Report on the bubonic plague in Bombay, 1896-1897
Year: 1896
Disease focus: Plague
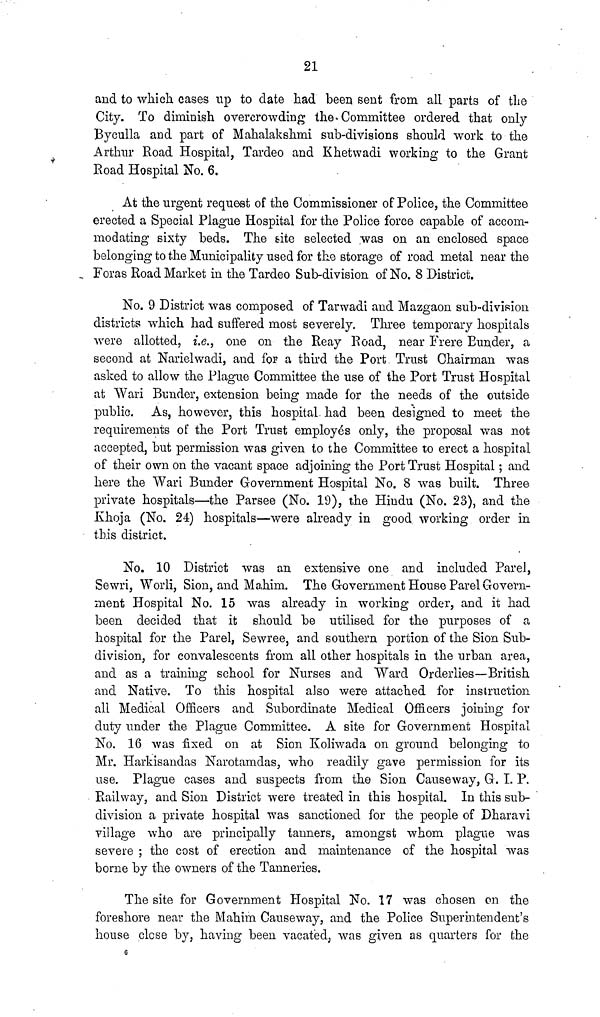
21
and to which cases tip to date had been sent from all parts of the
City. To diminish overcrowding the. Committee ordered that only
Byculla and part of Mahalakshmi snb-divisions should work to the
Arthur Road Hospital, Tardeo and Khetwadi working to the Grant
Road Hospital No. 6.
At the urgent request of the Commissioner of Police, the Committee
erected a Special Plague Hospital for the Police force capable of accom-
modating sixty beds. The site selected was on an enclosed space
belonging to the Municipality used for the storage of road metal near the
Foras Road Market in the Tardeo Sub-division of No. 8 District.
No. 9 District was composed of Tarwadi and Mazgaon sub-division
districts which had suffered most severely. Three temporary hospitals
were allotted, i.e., one on the Reay Road, near Frere Bunder, a
second at Narielwadi, and for a third the Port Trust Chairman was
asked to allow the Plague Committee the use of the Port Trust Hospital
at Wari Bunder, extension being made for the needs of the outside
public. As, however, this hospital had been designed to meet the
requirements of the Port Trust employes only, the proposal was not
accepted, but permission was given to the Committee to erect a hospital
of their own on the vacant space adjoining the Port Trust Hospital; and
here the Wari Bunder Government Hospital No. 8 was built. Three
private hospitals—the Parsee (No. 19), the Hindu (No. 23), and the
Khoja (No. 24) hospitals—were already in good working order in
this district.
No. 10 District was an extensive one and included Parel,
Sewri, Worli, Sion, and Mahim. The Government House Parel Govern-
ment Hospital No. 15 was already in working order, and it had
been decided that it should be utilised for the purposes of a
hospital for the Parel, Sewree, and southern portion of the Sion Sub-
division, for convalescents from all other hospitals in the urban area,
and as a training school for Nurses and Ward Orderlies—British
and Native. To this hospital also were attached for instruction
all Medical Officers and Subordinate Medical Officers joining for
duty under the Plague Committee. A site for Government Hospital
No. 16 was fixed on at Sion Koliwada on ground belonging to
Mr. Harkisandas Narotamdas, who readily gave permission for its
use. Plague cases and suspects from the Sion Causeway, G. LP.
Railway, and Sion District were treated in this hospital. In this sub-
division a private hospital was sanctioned for the people of Dharavi
village who are principally tanners, amongst whom plague was
severe ; the cost of erection and maintenance of the hospital was
borne by the owners of the Tanneries.
The site for Government Hospital No. 17 was chosen on the
foreshore near the Mahim Causeway, and the Police Superintendent's
house close by, having been vacated, was given as quarters for the